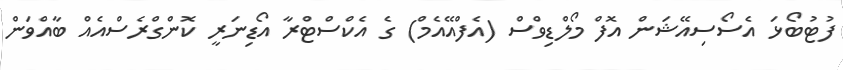
ފުޓުބޯޅަ އެސޯސިއޭޝަން އޮފް މޯލްޑިވްސް (އެފްއޭއެމް) ގެ އެކްސްޓްރާ އޯޑިނަރީ ކޮންގްރެސްއެއް ބާއްވަން